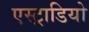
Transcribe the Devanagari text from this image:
एस्ट्राडियो